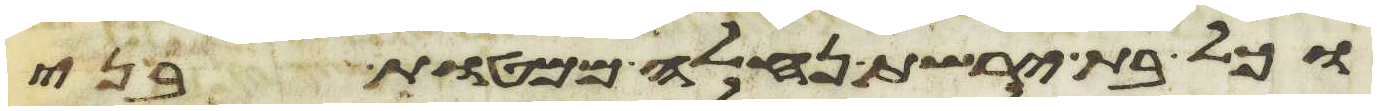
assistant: וכל בת ירשת נחלה ממטות בני